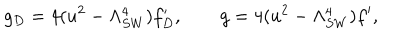
LaTeX: g _ { D } = 4 ( u ^ { 2 } - \Lambda _ { S W } ^ { 4 } ) f _ { D } ^ { \prime } , \qquad g = 4 ( u ^ { 2 } - \Lambda _ { S W } ^ { 4 } ) f ^ { \prime } ,